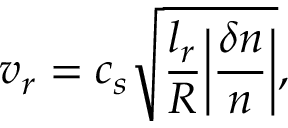
v _ { r } = c _ { s } \sqrt { \frac { l _ { r } } { R } \bigg | \frac { \delta n } { n } \bigg | } ,